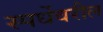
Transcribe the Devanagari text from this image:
स्पर्धेवरील